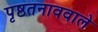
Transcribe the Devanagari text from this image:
पृष्ठतनाववाले